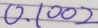
0 . 1 0 0 2